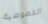
الخصوصية